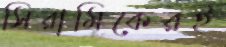
সিরামিকেরই